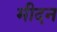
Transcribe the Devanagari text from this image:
मीदन